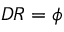
{ D R } = \phi